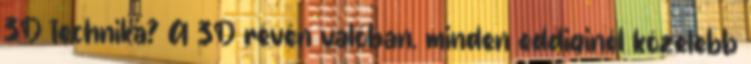
3D technika? A 3D révén valóban, minden eddiginél közelebb